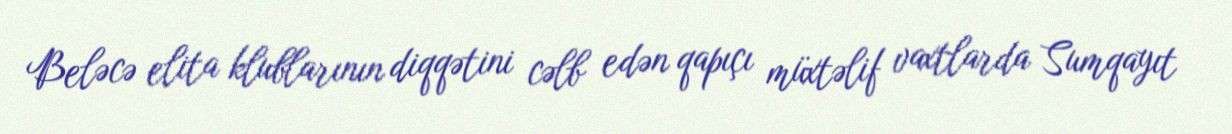
Beləcə elita klublarının diqqətini cəlb edən qapıçı müxtəlif vaxtlarda Sumqayıt